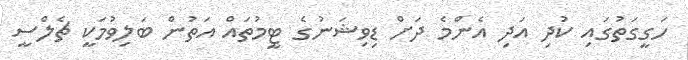
ހަގީގަތުގައި ކުދި އަދި އެންމެ ދަށް ޑިވިޝަނުގެ ޓީމުތައް އަތުން ބަލިވުމަކީ ޗެލްސީ